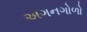
અગનગોળો